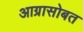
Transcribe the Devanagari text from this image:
आग्रासोबत